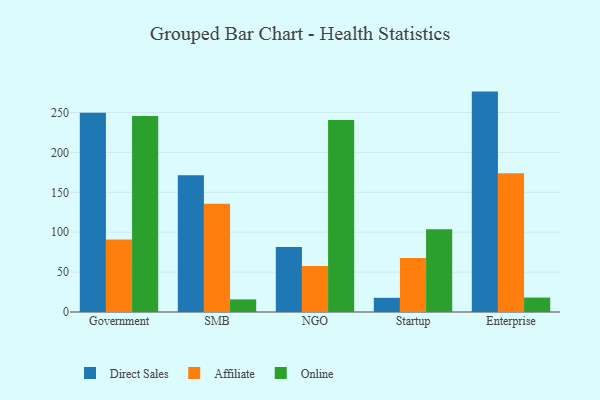
{"axis": {"x": "Segment", "y": "Market Share (%)"}, "legend": ["Affiliate", "Direct Sales", "Online"], "data": [{"x": "Government", "y": 249.6, "type": "Direct Sales"}, {"x": "Government", "y": 90.9, "type": "Affiliate"}, {"x": "Government", "y": 245.7, "type": "Online"}, {"x": "SMB", "y": 171.4, "type": "Direct Sales"}, {"x": "SMB", "y": 135.7, "type": "Affiliate"}, {"x": "SMB", "y": 15.8, "type": "Online"}, {"x": "NGO", "y": 81.3, "type": "Direct Sales"}, {"x": "NGO", "y": 57.8, "type": "Affiliate"}, {"x": "NGO", "y": 240.5, "type": "Online"}, {"x": "Startup", "y": 17.8, "type": "Direct Sales"}, {"x": "Startup", "y": 67.8, "type": "Affiliate"}, {"x": "Startup", "y": 103.7, "type": "Online"}, {"x": "Enterprise", "y": 276.2, "type": "Direct Sales"}, {"x": "Enterprise", "y": 174.0, "type": "Affiliate"}, {"x": "Enterprise", "y": 18.1, "type": "Online"}]}